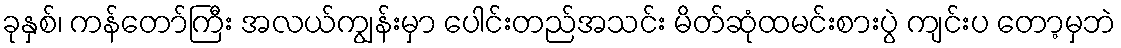
ခုနှစ်၊ ကန်တော်ကြီး အလယ်ကျွန်းမှာ ပေါင်းတည်အသင်း မိတ်ဆုံထမင်းစားပွဲ ကျင်းပ တော့မှဘဲ